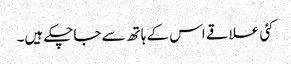
کئی علاقے اس کے ہاتھ سے جاچکے ہیں۔